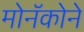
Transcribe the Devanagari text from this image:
मोनॅकोने